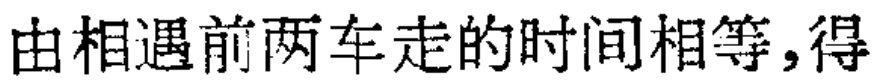
由相遇前两车走的时间相等，得